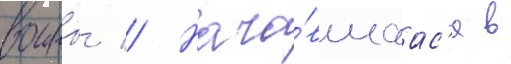
воины // Нача́вшаас'я в